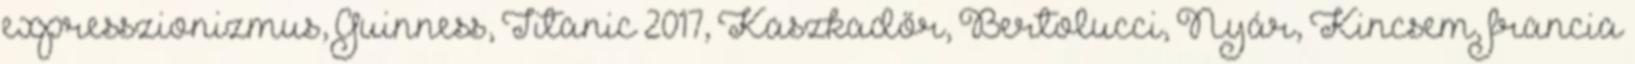
expresszionizmus, Guinness, Titanic 2017, Kaszkadőr, Bertolucci, Nyár, Kincsem, francia